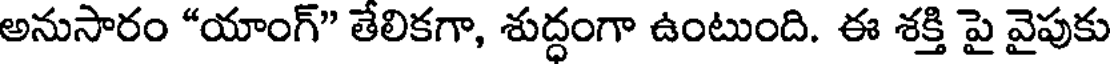
అనుసారం "యాంగ్" తేలికగా, శుద్ధంగా ఉంటుంది. ఈ శక్తి పై వైపుకు